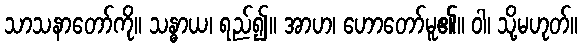
သာသနာတော်ကို။ သန္ဓာယ၊ ရည်၍။ အာဟ၊ ဟောတော်မူ၏။ ဝါ၊ သို့မဟုတ်။